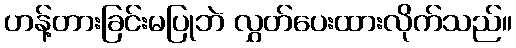
ဟန့်တားခြင်းမပြုဘဲ လွှတ်ပေးထားလိုက်သည်။